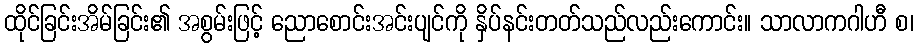
ထိုင်ခြင်းအိမ်ခြင်း၏ အစွမ်းဖြင့် ညောစောင်းအင်းပျင်ကို နှိပ်နင်းတတ်သည်လည်းကောင်း။ သာလာကဂါဟီ စ၊